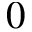
0